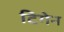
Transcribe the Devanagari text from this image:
टिगेन